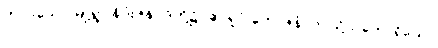
တပါးသော မြို့ရွာ နိဂုံးဇနပုဒ်တို့၌။ ဧဝရူပံ ဘောဇနံ၊ ဤသို့သဘောရှိသော